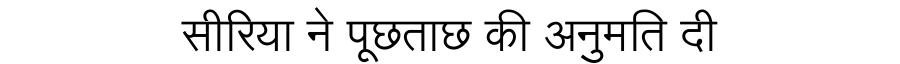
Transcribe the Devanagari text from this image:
सीरिया ने पूछताछ की अनुमति दी